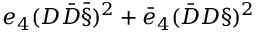
e _ { 4 } ( D \bar { D } \bar { \S } ) ^ { 2 } + \bar { e } _ { 4 } ( \bar { D } D \S ) ^ { 2 }